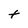
Character: t